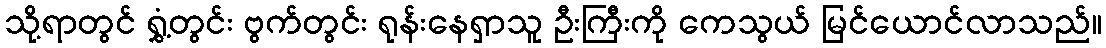
သို့ရာတွင် ရွှံ့တွင်း ဗွက်တွင်း ရုန်းနေရှာသူ ဦးကြီးကို ကေသွယ် မြင်ယောင်လာသည်။